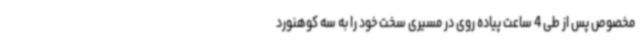
مخصوص پس از طی 4 ساعت پیاده روی در مسیری سخت خود را به سه کوهنورد